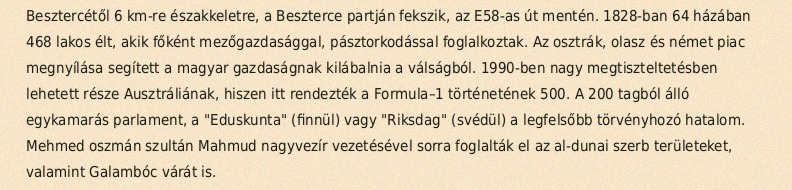
Besztercétől 6 km-re északkeletre, a Beszterce partján fekszik, az E58-as út mentén. 1828-ban 64 házában 468 lakos élt, akik főként mezőgazdasággal, pásztorkodással foglalkoztak. Az osztrák, olasz és német piac megnyílása segített a magyar gazdaságnak kilábalnia a válságból. 1990-ben nagy megtiszteltetésben lehetett része Ausztráliának, hiszen itt rendezték a Formula–1 történetének 500. A 200 tagból álló egykamarás parlament, a "Eduskunta" (finnül) vagy "Riksdag" (svédül) a legfelsőbb törvényhozó hatalom. Mehmed oszmán szultán Mahmud nagyvezír vezetésével sorra foglalták el az al-dunai szerb területeket, valamint Galambóc várát is.